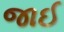
જાઈ